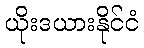
ယိုးဒယားနိုင်ငံ